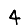
Digit: 4